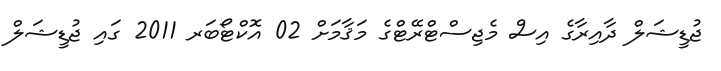
ޖުޑީޝަލް ދާއިރާގެ އިސް މެޖިސްޓްރޭޓްގެ މަޤާމަށް 02 އޮކްޓޯބަރ 2011 ގައި ޖުޑީޝަލް